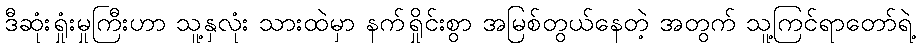
ဒီဆုံးရှုံးမှုကြီးဟာ သူ့နှလုံး သားထဲမှာ နက်ရှိုင်းစွာ အမြစ်တွယ်နေတဲ့ အတွက် သူ့ကြင်ရာတော်ရဲ့